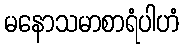
မနောသမာစာရံပါဟံ